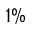
1 \%